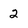
Character: 2